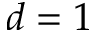
d = 1